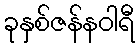
ခုနှစ်ဇန်နဝါရီ